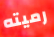
رميته